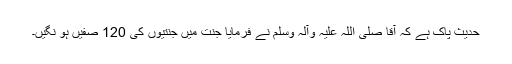
حدیث پاک ہے کہ آقا صلی اللہ علیہ وآلہ وسلم نے فرمایا جنت میں جنتیوں کی 120 صفیں ہو نگیں۔